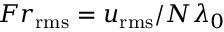
F r _ { \mathrm { r m s } } = u _ { \mathrm { r m s } } / N \lambda _ { 0 }